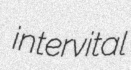
intervital